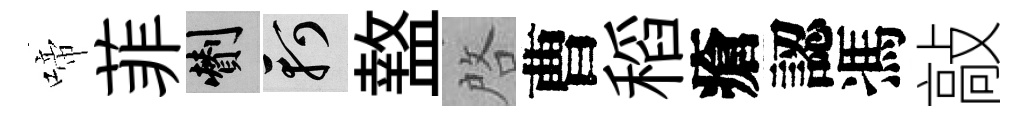
啼菲剪軻盩啓曹稻瘡認馮敲